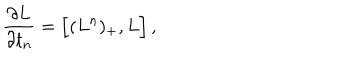
{ \frac { \partial { L } } { \partial t _ { n } } } = \Big [ ( { L } ^ { n } ) _ { + } , { L } \Big ] \, ,